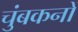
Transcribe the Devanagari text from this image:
चुंबकनों